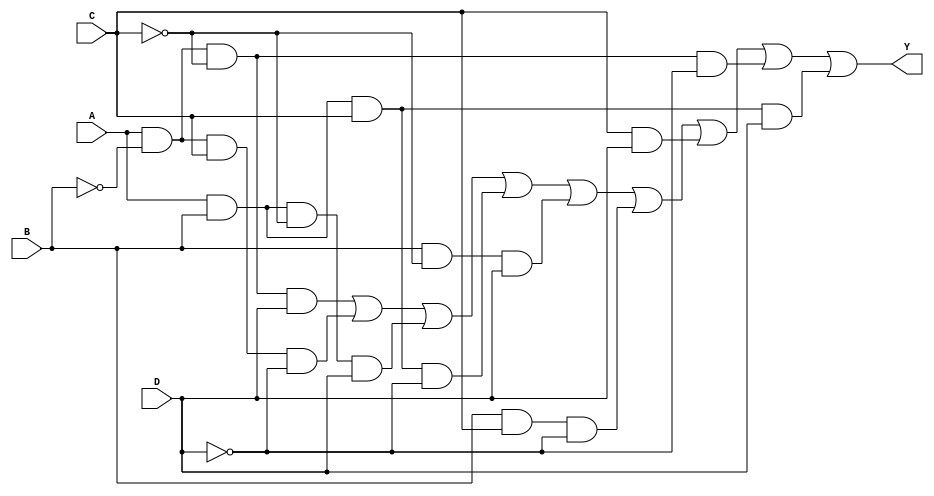
module four_variable_kmap (
    input wire A,  // Input variable A
    input wire B,  // Input variable B
    input wire C,  // Input variable C
    input wire D,  // Input variable D
    output wire Y  // Output Y
);

// Define the output Y based on the K-map simplification
assign Y = (A & ~B & ~C & D) | // Minterm 1 (A'B'C'D)
           (A & ~B & C & ~D) | // Minterm 2 (A'B'CD')
           (A & B & ~C & D) |  // Minterm 3 (A'BCD)
           (A & B & C & ~D) |  // Minterm 4 (A'BC'D)
           (B & ~C & D) |      // Minterm 5 (AB'C'D)
           (B & C & ~D) |      // Minterm 6 (AB'CD')
           (C & D) |           // Minterm 7 (A'B'C'D)
           (A & ~B & ~C & ~D) | // Minterm 8 (A'B'C'D')
           (A & B & C & D);    // Minterm 9 (ABCD)

// Note: The minterms should be adjusted based on the specific K-map grouping
// derived from your minimization process.

endmodule